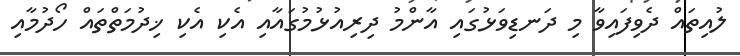
ލުއިތައް ދެވިފައިވާ މި ދަނޑިވަޅުގައި އާންމު ދިރިއުޅުމުގައާއި އެކި އެކި ޚިދުމަތްތައް ހޯދުމާއި